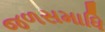
જળસમાધિ